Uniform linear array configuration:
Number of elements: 8
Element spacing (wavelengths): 0.75
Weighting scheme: hann
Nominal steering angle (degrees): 30
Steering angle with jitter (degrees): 30.984
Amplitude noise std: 0.05
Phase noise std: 0.05

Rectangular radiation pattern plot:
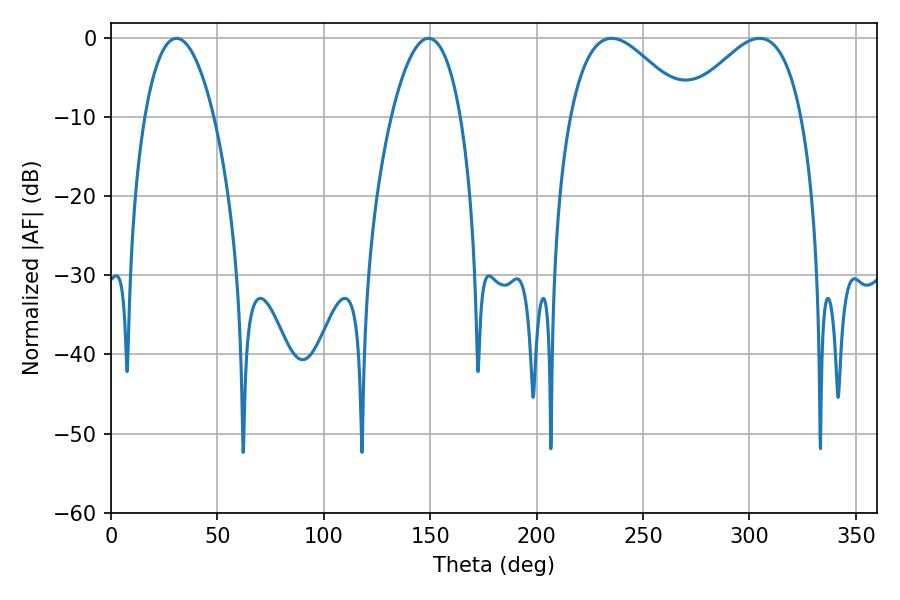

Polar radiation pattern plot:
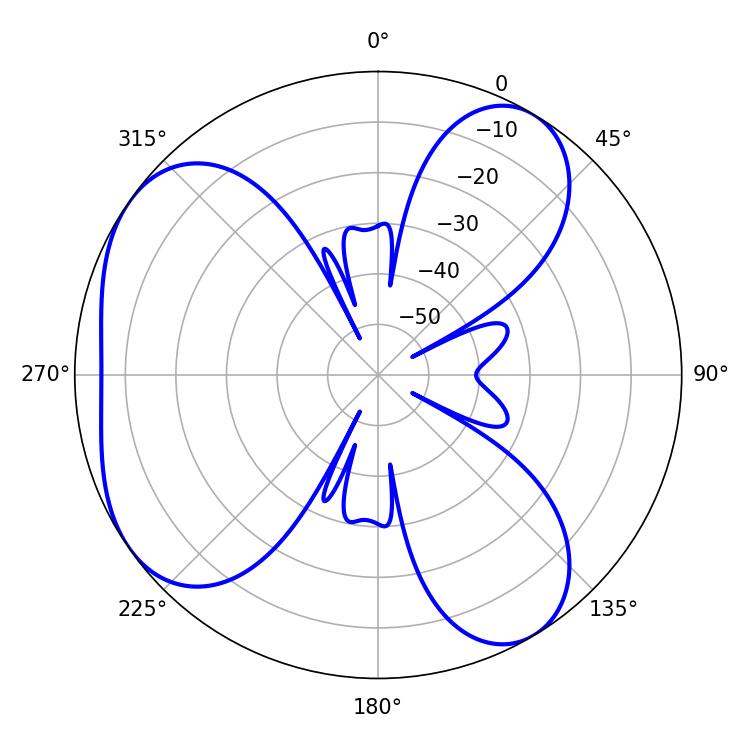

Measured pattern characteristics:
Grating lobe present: TRUE
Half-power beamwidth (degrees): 18.18
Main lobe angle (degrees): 30.78